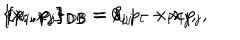
\{ x _ { i } , x _ { j } \} _ { D B } = 0 , \hspace { 1 . 0 c m } \{ x _ { i } , p _ { j } \} _ { D B } = \delta _ { i j } - x _ { i } x _ { j } , \hspace { 1 . 0 c m } \{ p _ { i } , p _ { j } \} _ { D B } = x _ { j } p _ { i } - x _ { i } p _ { j } ,